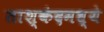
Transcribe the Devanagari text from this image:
ताश्कंदमध्ये